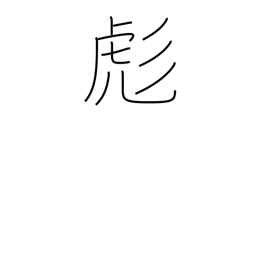
Meaning: small tiger